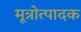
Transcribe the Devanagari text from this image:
मूत्रोत्पादक